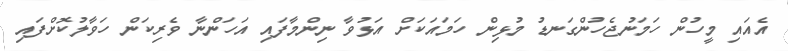
އެއައި މީހުން ހަމަނުޖެހުންގަނޑު މުޅިން ހަމައަކަށް އަޅުވާ ނިންމާފައި އަހަންނާ ވެރިކަން ހަވާލުކޮށްފައި